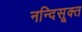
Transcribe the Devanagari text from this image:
नन्दिसूक्त